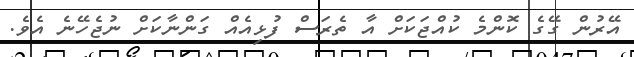
އޭރުން ގޭގެ ކޮންމެ ކުއްޖަކަށް އާ ތެރަސް ފުޅިއެއް ގަންނާކަށް ނުޖެހޭނެ އެވެ.